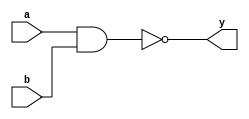
//Verilog code for NAND gate using data-flow modeling

module nand_gate(
    input a,
    input b,
    output y
    );
    assign y = ~( a & b);
endmodule